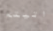
اتيتم